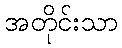
အတိုင်းသာ